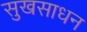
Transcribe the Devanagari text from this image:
सुखसाधन